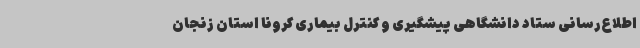
اطلاع‌رسانی ستاد دانشگاهی پیشگیری و کنترل بیماری کرونا استان زنجان